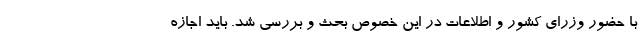
با حضور وزرای کشور و اطلاعات در این خصوص بحث و بررسی شد. باید اجازه